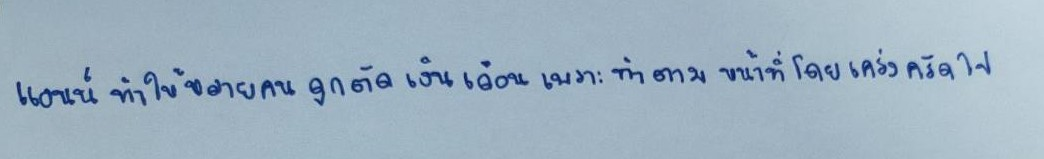
แอนน์ทำให้หลายคนถูกตัดเงินเดือนเพราะทำตามหน้าที่โดยเคร่งครัดไป